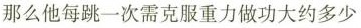
那么他每跳一次需要克服重力做功大约多少